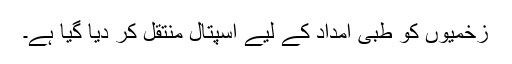
زخمیوں کو طبی امداد کے لیے اسپتال منتقل کر دیا گیا ہے۔